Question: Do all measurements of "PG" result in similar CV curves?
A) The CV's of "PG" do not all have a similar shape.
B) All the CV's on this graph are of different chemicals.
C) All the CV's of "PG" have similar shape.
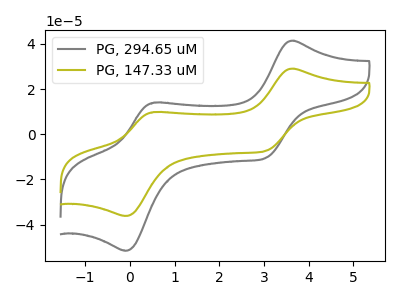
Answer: <think>The gray curve "PG, 294.65 uM" has anodic peaks at (3.60V, 41.45uA) (0.55V, 14.00uA) and cathodic peaks at (3.05V, -10.45uA) (-0.10V, -51.50uA). The olive curve "PG, 147.33 uM" has anodic peaks at (3.60V, 29.05uA) (0.55V, 9.85uA) and cathodic peaks at (3.05V, -7.30uA) (-0.10V, -36.15uA).
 All the peaks in "PG, 294.65 uM" have a peak in "PG, 147.33 uM" at the same potential. Every peak in "PG, 294.65 uM" is higher than every peak in "PG, 147.33 uM".</think>
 <answer>C) All the CV's of "PG" have similar shape.</answer>
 <eval>C</eval>